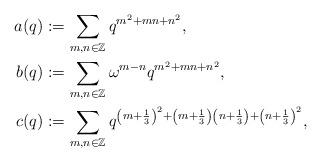
LaTeX: \begin{align*}a(q) &:= \sum_{m,n \in \mathbb{Z}} q^{m^{2} + mn + n^{2}}, \\b(q) &:= \sum_{m,n \in \mathbb{Z}} \omega^{m-n} q^{m^{2} + mn + n^{2}}, \\c(q) &:= \sum_{m,n \in \mathbb{Z}} q^{\left( m + \frac{1}{3} \right)^{2} +\left( m + \frac{1}{3} \right) \left( n + \frac{1}{3} \right) + \left( n + \frac{1}{3} \right)^{2}},\end{align*}